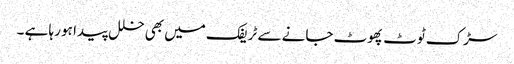
سڑک ٹوٹ پھوٹ جانے سے ٹریفک میں بھی خلل پیدا ہو رہا ہے ۔